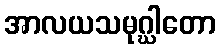
အာလယသမုဂ္ဃါတော